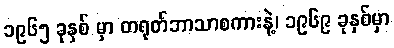
၁၉၆၅ ခုနှစ် မှာ တရုတ်ဘာသာစကားနဲ့၊ ၁၉၆၉ ခုနှစ်မှာ